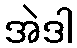
အဲဒါ